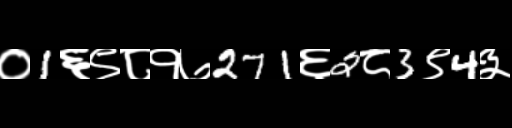
Text: ०1६९८१७271६2८3९4३